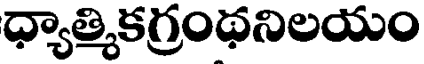
ధ్యాత్మికగ్రంథనిలయం